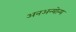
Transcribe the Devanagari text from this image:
अनअन्‍योन्‍य